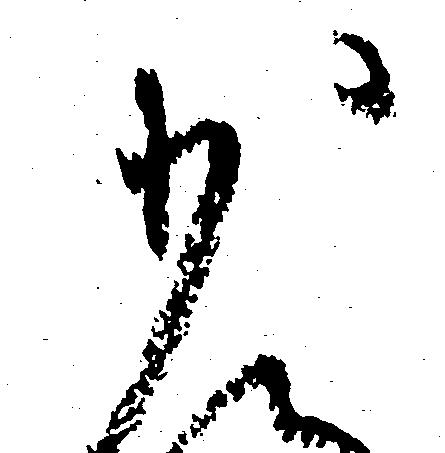
少